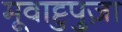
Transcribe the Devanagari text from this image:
मूवाट्टुपुज़ा